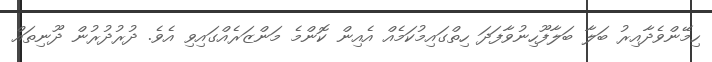
ހިމޭންވެދާއިރު ބަލާ ބަލާފޫހިނުވާފަދަ ހިތްގައިމުކަމެއް އެއިން ކޮންމެ މަންޒަރެއްގައިވި އެވެ. ދުރުދުރުން ދޫނިތައް